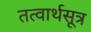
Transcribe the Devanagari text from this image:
तत्वार्थसूत्र